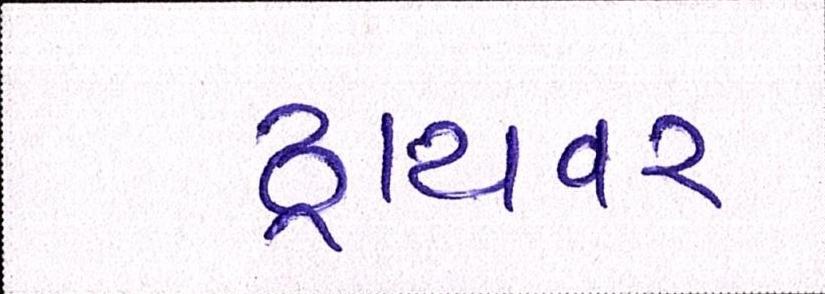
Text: ડ્રાયવર